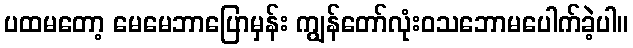
ပထမတော့ မေမေဘာပြောမှန်း ကျွန်တော်လုံးဝသဘောမပေါက်ခဲ့ပါ။